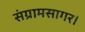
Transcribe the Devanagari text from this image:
संग्रामसागर।